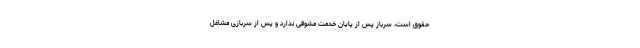
حقوق است، سرباز پس از پایان خدمت مشوقی ندارد و پس از سربازی مشاغل